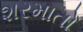
શરમાતો